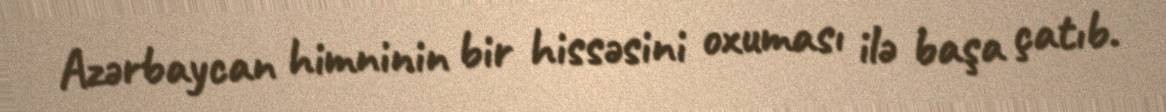
Azərbaycan himninin bir hissəsini oxuması ilə başa çatıb.